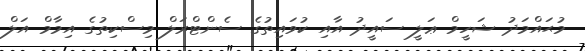
މުޙައްމަދު ޝަހީމް ޢަލީ ސައީދު އާއި ކުވައިތުގެ ސެންޓްރަލް މިސްކިތުގެ އިމާމް އަލް